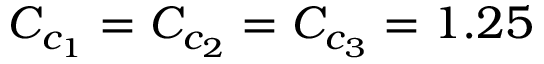
C _ { c _ { 1 } } = C _ { c _ { 2 } } = C _ { c _ { 3 } } = 1 . 2 5